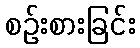
စဉ်းစားခြင်း